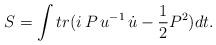
LaTeX: \begin{align*}S=\int tr(i\,P\,u^{-1}\,\dot{u}-\frac{1}{2}P^{2})dt.\end{align*}